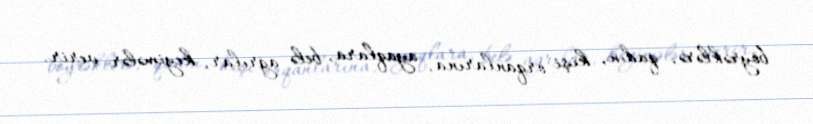
böyrəklərə, qadın, kişi orqanlarına, ayaqlara, belə ağrılar, keyimələr verir.